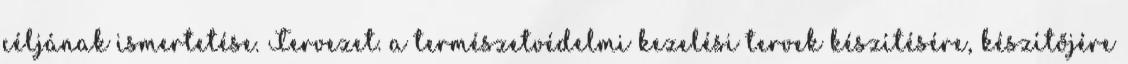
céljának ismertetése. Tervezet. a természetvédelmi kezelési tervek készítésére, készítőjére